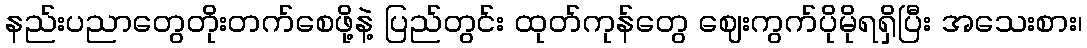
နည်းပညာတွေတိုးတက်စေဖို့နဲ့ ပြည်တွင်း ထုတ်ကုန်တွေ ဈေးကွက်ပိုမိုရရှိပြီး အသေးစား၊